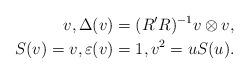
LaTeX: \begin{align*}v , \Delta(v) = (R'R)^{-1}v \otimes v, \\S(v) = v, \varepsilon(v)=1, v^2 = uS(u).\end{align*}